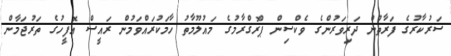
ސަރުކާރުގެ ފަރާތުން ދަރިވަރުންގެ ވެކްސިން ޕްރޮގްރާމުގެ މައުލޫމާތު ހާމަކުރައްވަމުން ރައީސް އޮފީހުގެ ތަރުޖަމާން